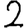
Digit: 2